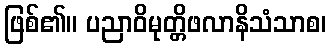
ဖြစ်၏။ ပညာဝိမုတ္တိဖလာနိသံသာစ၊